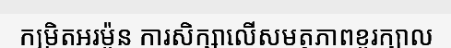
កម្រិតអរម៉ូន ការសិក្សាលើសមត្ថភាពខួរក្បាល